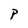
Character: P